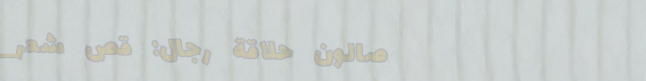
صالون حلاقة رجال: قصّ شعر